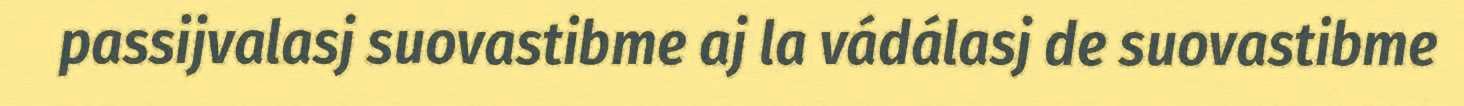
passijvalasj suovastibme aj la vádálasj de suovastibme